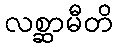
လစ္ဆာမီတိ